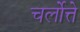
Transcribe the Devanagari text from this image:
चर्लोत्ते